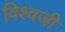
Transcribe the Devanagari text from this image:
विश्वजी